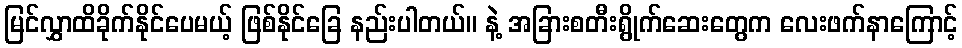
မြင်လွှာထိခိုက်နိုင်ပေမယ့် ဖြစ်နိုင်ခြေ နည်းပါတယ်။ နဲ့ အခြားစတီးရွိုက်ဆေးတွေက လေးဖက်နာကြောင့်